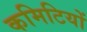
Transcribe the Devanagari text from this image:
कमिटियों